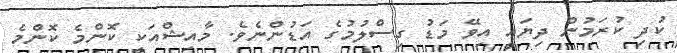
ކުދި ކުރަމުން ދިޔައީ އިވޭ މަޑު ގިސްލުމުގެ އަޑުންނެވެ. މާއިޝްއަކީ ކޮންމެ ކޮންމެ